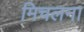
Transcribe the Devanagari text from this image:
मिचलना